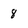
Character: 8